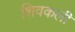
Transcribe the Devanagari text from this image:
शिवकली